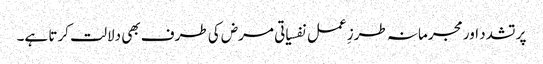
پر تشدد اور مجرمانہ طرزِ عمل نفسیاتی مرض کی طرف بھی دلالت کرتا ہے۔